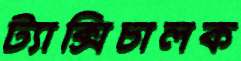
ট্যাক্সিচালক